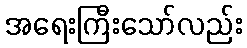
အရေးကြီးသော်လည်း